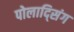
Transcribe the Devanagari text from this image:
पोलाद्सिंग